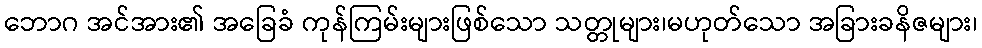
ဘောဂ အင်အား၏ အခြေခံ ကုန်ကြမ်းများဖြစ်သော သတ္တုများ၊မဟုတ်သော အခြားခနိဇများ၊